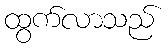
ထွက်လာသည်